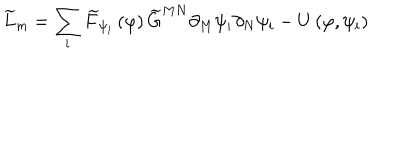
LaTeX: \widetilde { L } _ { m } = \sum _ { i } \widetilde { F } _ { \psi _ { i } } \left( \varphi \right) \widetilde { G } ^ { M N } \partial _ { M } \psi _ { i } \partial _ { N } \psi _ { i } - U \left( \varphi , \psi _ { i } \right)